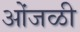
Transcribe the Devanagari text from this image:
ओंजळी